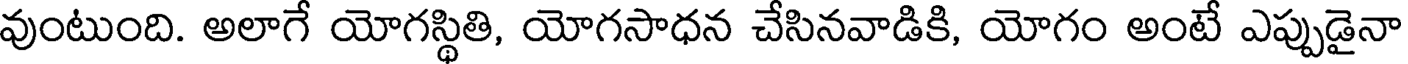
వుంటుంది. అలాగే యోగస్థితి, యోగసాధన చేసినవాడికి, యోగం అంటే ఎప్పుడైనా